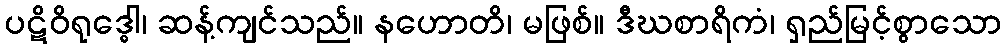
ပဋိဝိရုဒ္ဓေါ၊ ဆန့်ကျင်သည်။ နဟောတိ၊ မဖြစ်။ ဒီဃစာရိကံ၊ ရှည်မြင့်စွာသော